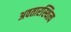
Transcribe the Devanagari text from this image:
अवतारस्थित्य